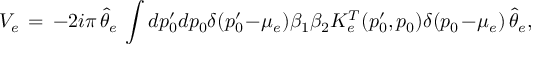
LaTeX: V _ { e } \, = \, - 2 i \pi \, \hat { \theta } _ { e } \, \int d p _ { 0 } ^ { \prime } d p _ { 0 } \delta ( p _ { 0 } ^ { \prime } \! - \! \mu _ { e } ) \beta _ { 1 } \beta _ { 2 } K _ { e } ^ { T } ( p _ { 0 } ^ { \prime } , p _ { 0 } ) \delta ( p _ { 0 } \! - \! \mu _ { e } ) \, \hat { \theta } _ { e } ,